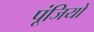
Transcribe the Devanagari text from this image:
पूंजियों